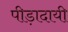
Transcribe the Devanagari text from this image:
पीड़ादायी